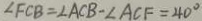
\angle F C B = \angle A C B - \angle A C F = 4 0 ^ { \circ }